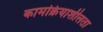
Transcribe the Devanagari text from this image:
कामक्रियाशीलता